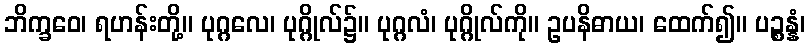
ဘိက္ခဝေ၊ ရဟန်းတို့။ ပုဂ္ဂလေ၊ ပုဂ္ဂိုလ်၌။ ပုဂ္ဂလံ၊ ပုဂ္ဂိုလ်ကို။ ဥပနိဓာယ၊ ထေက်၍။ ပဉ္စန္နံ၊